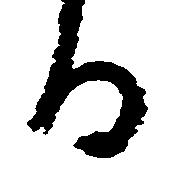
る